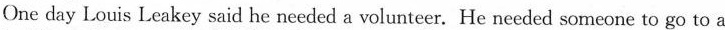
One day Louis Leakey said he needed a volunteer. He needed someone to go to a